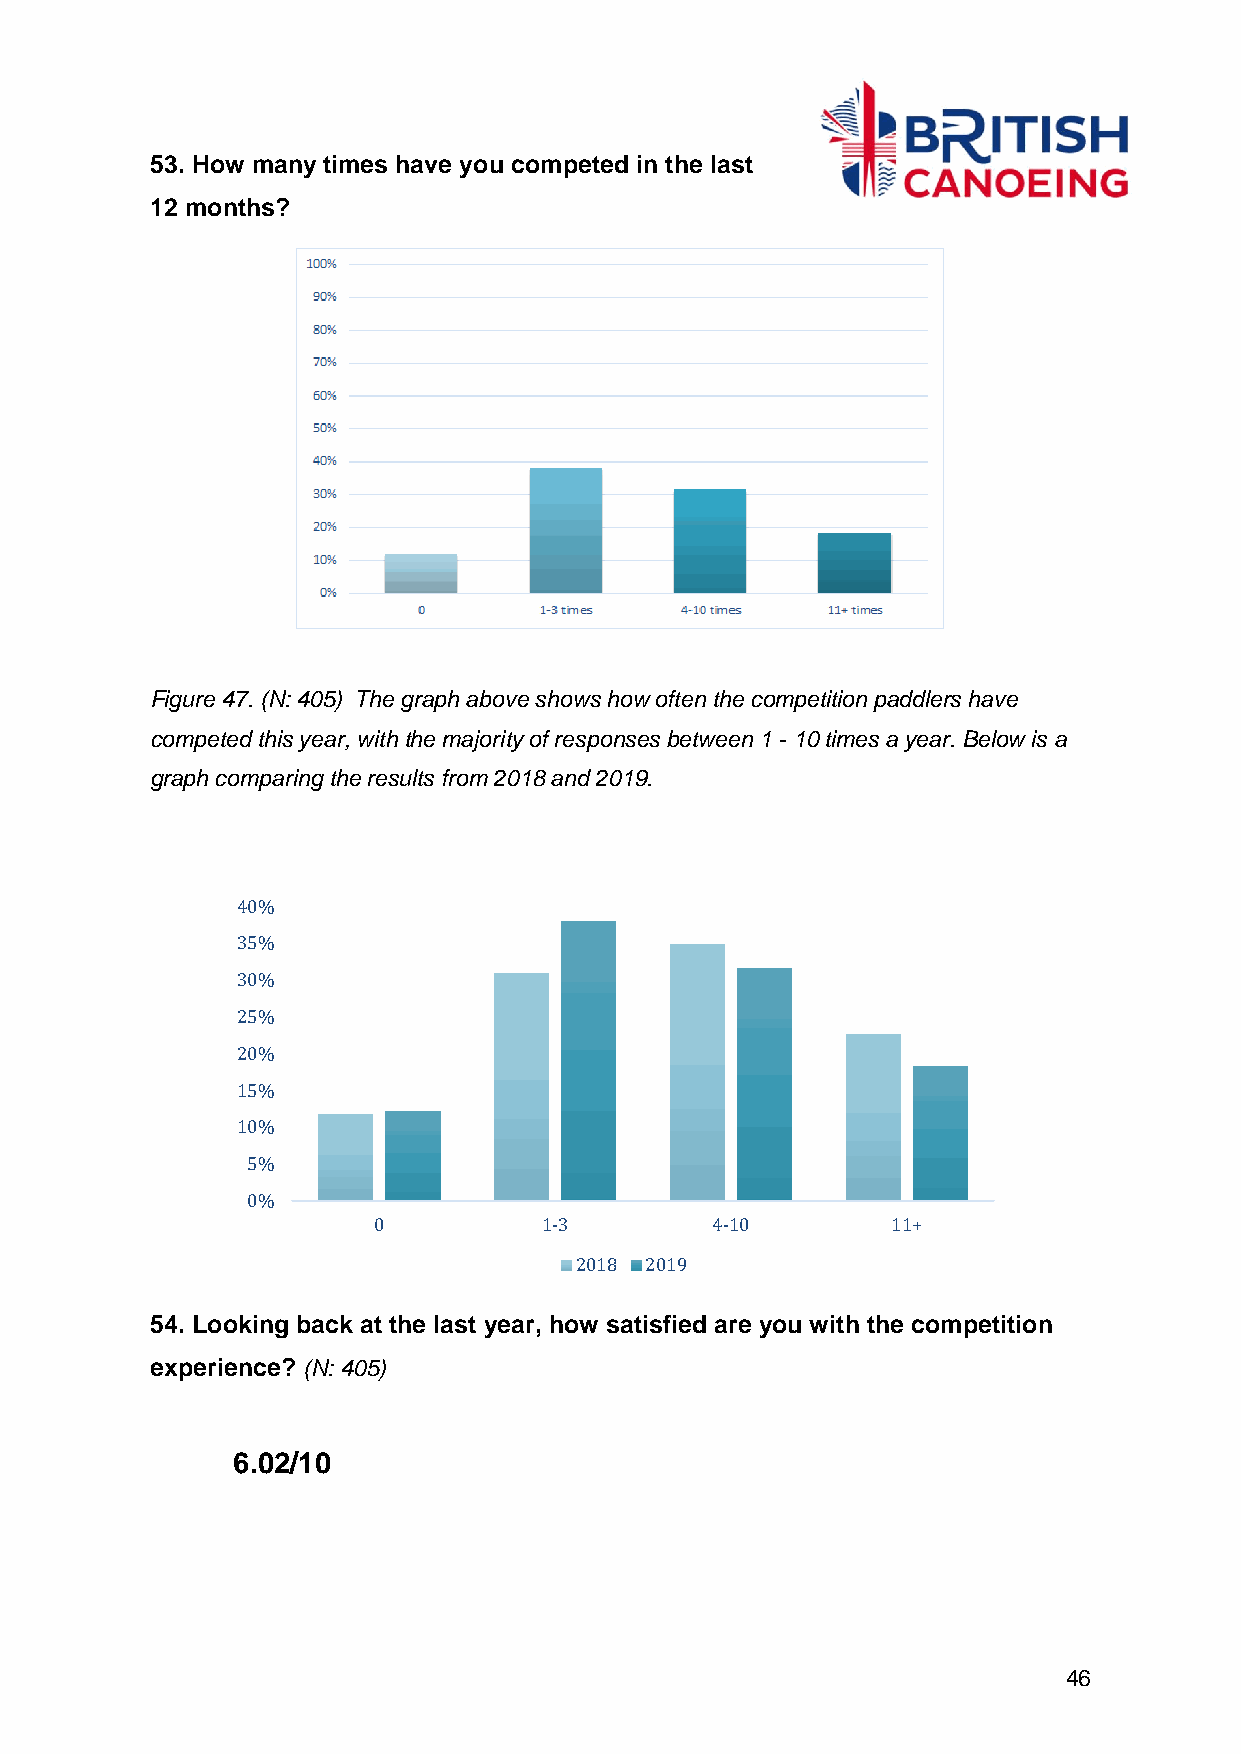
53. How many times have you competed in the last
 12 months?
 Figure 47. (N: 405) The graph above shows how often the competition paddlers have
 competed this year, with the majority of responses between 1 - 10 times a year. Below is a
 graph comparing the results from 2018 and 2019.
 40%
 35%
 30%
 25%
 20%
 15%
 10%
 5%
 0%
 0          1-3        4-10        11+
 2018 2019
 54. Looking back at the last year, how satisfied are you with the competition
 experience? (N: 405)
 6.02/10
 46